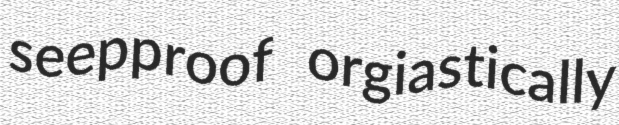
seepproof orgiastically